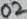
Text: 02